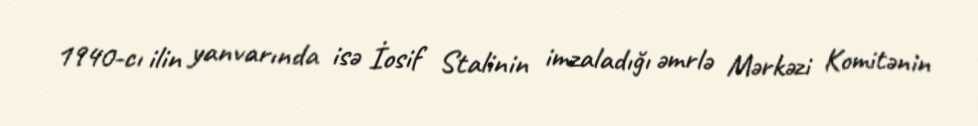
1940-cı ilin yanvarında isə İosif Stalinin imzaladığı əmrlə Mərkəzi Komitənin